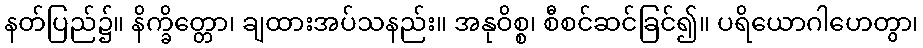
နတ်ပြည်၌။ နိက္ခိတ္တော၊ ချထားအပ်သနည်း။ အနုဝိစ္စ၊ စီစင်ဆင်ခြင်၍။ ပရိယောဂါဟေတွာ၊